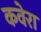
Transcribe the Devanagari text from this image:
कवेरा